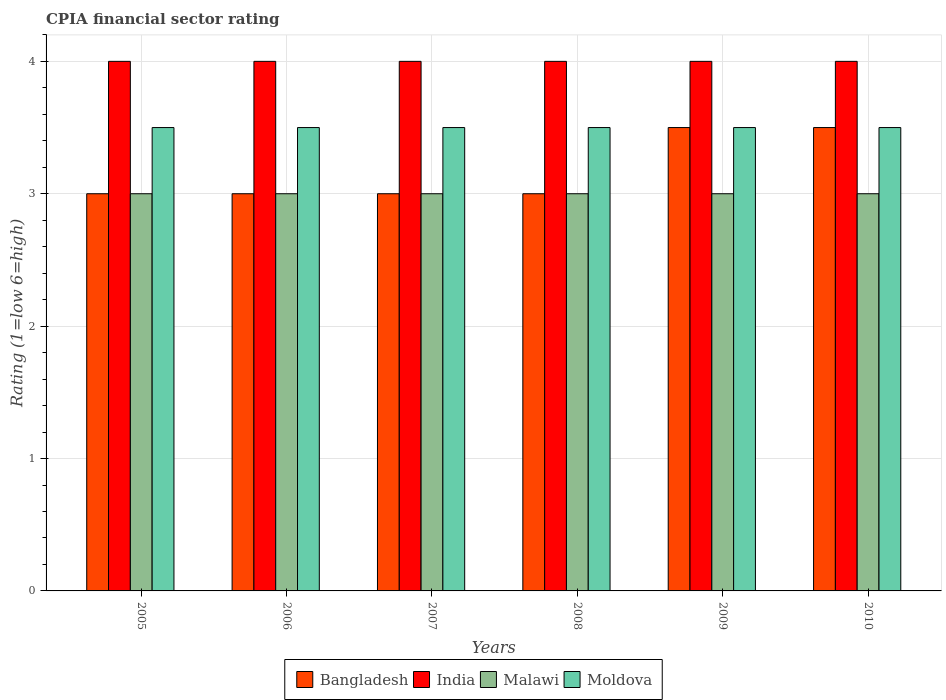
| Years | Bangladesh | India | Malawi | Moldova |
 | --- | --- | --- | --- | --- |
 | 2005 | 3 | 4 | 3 | 3.5 |
 | 2006 | 3 | 4 | 3 | 3.5 |
 | 2007 | 3 | 4 | 3 | 3.5 |
 | 2008 | 3 | 4 | 3 | 3.5 |
 | 2009 | 3.5 | 4 | 3 | 3.5 |
 | 2010 | 3.5 | 4 | 3 | 3.5 |